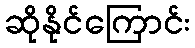
ဆိုနိုင်ကြောင်း